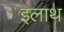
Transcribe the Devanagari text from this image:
इलाथ